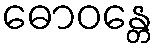
ဓောဝန္တေ